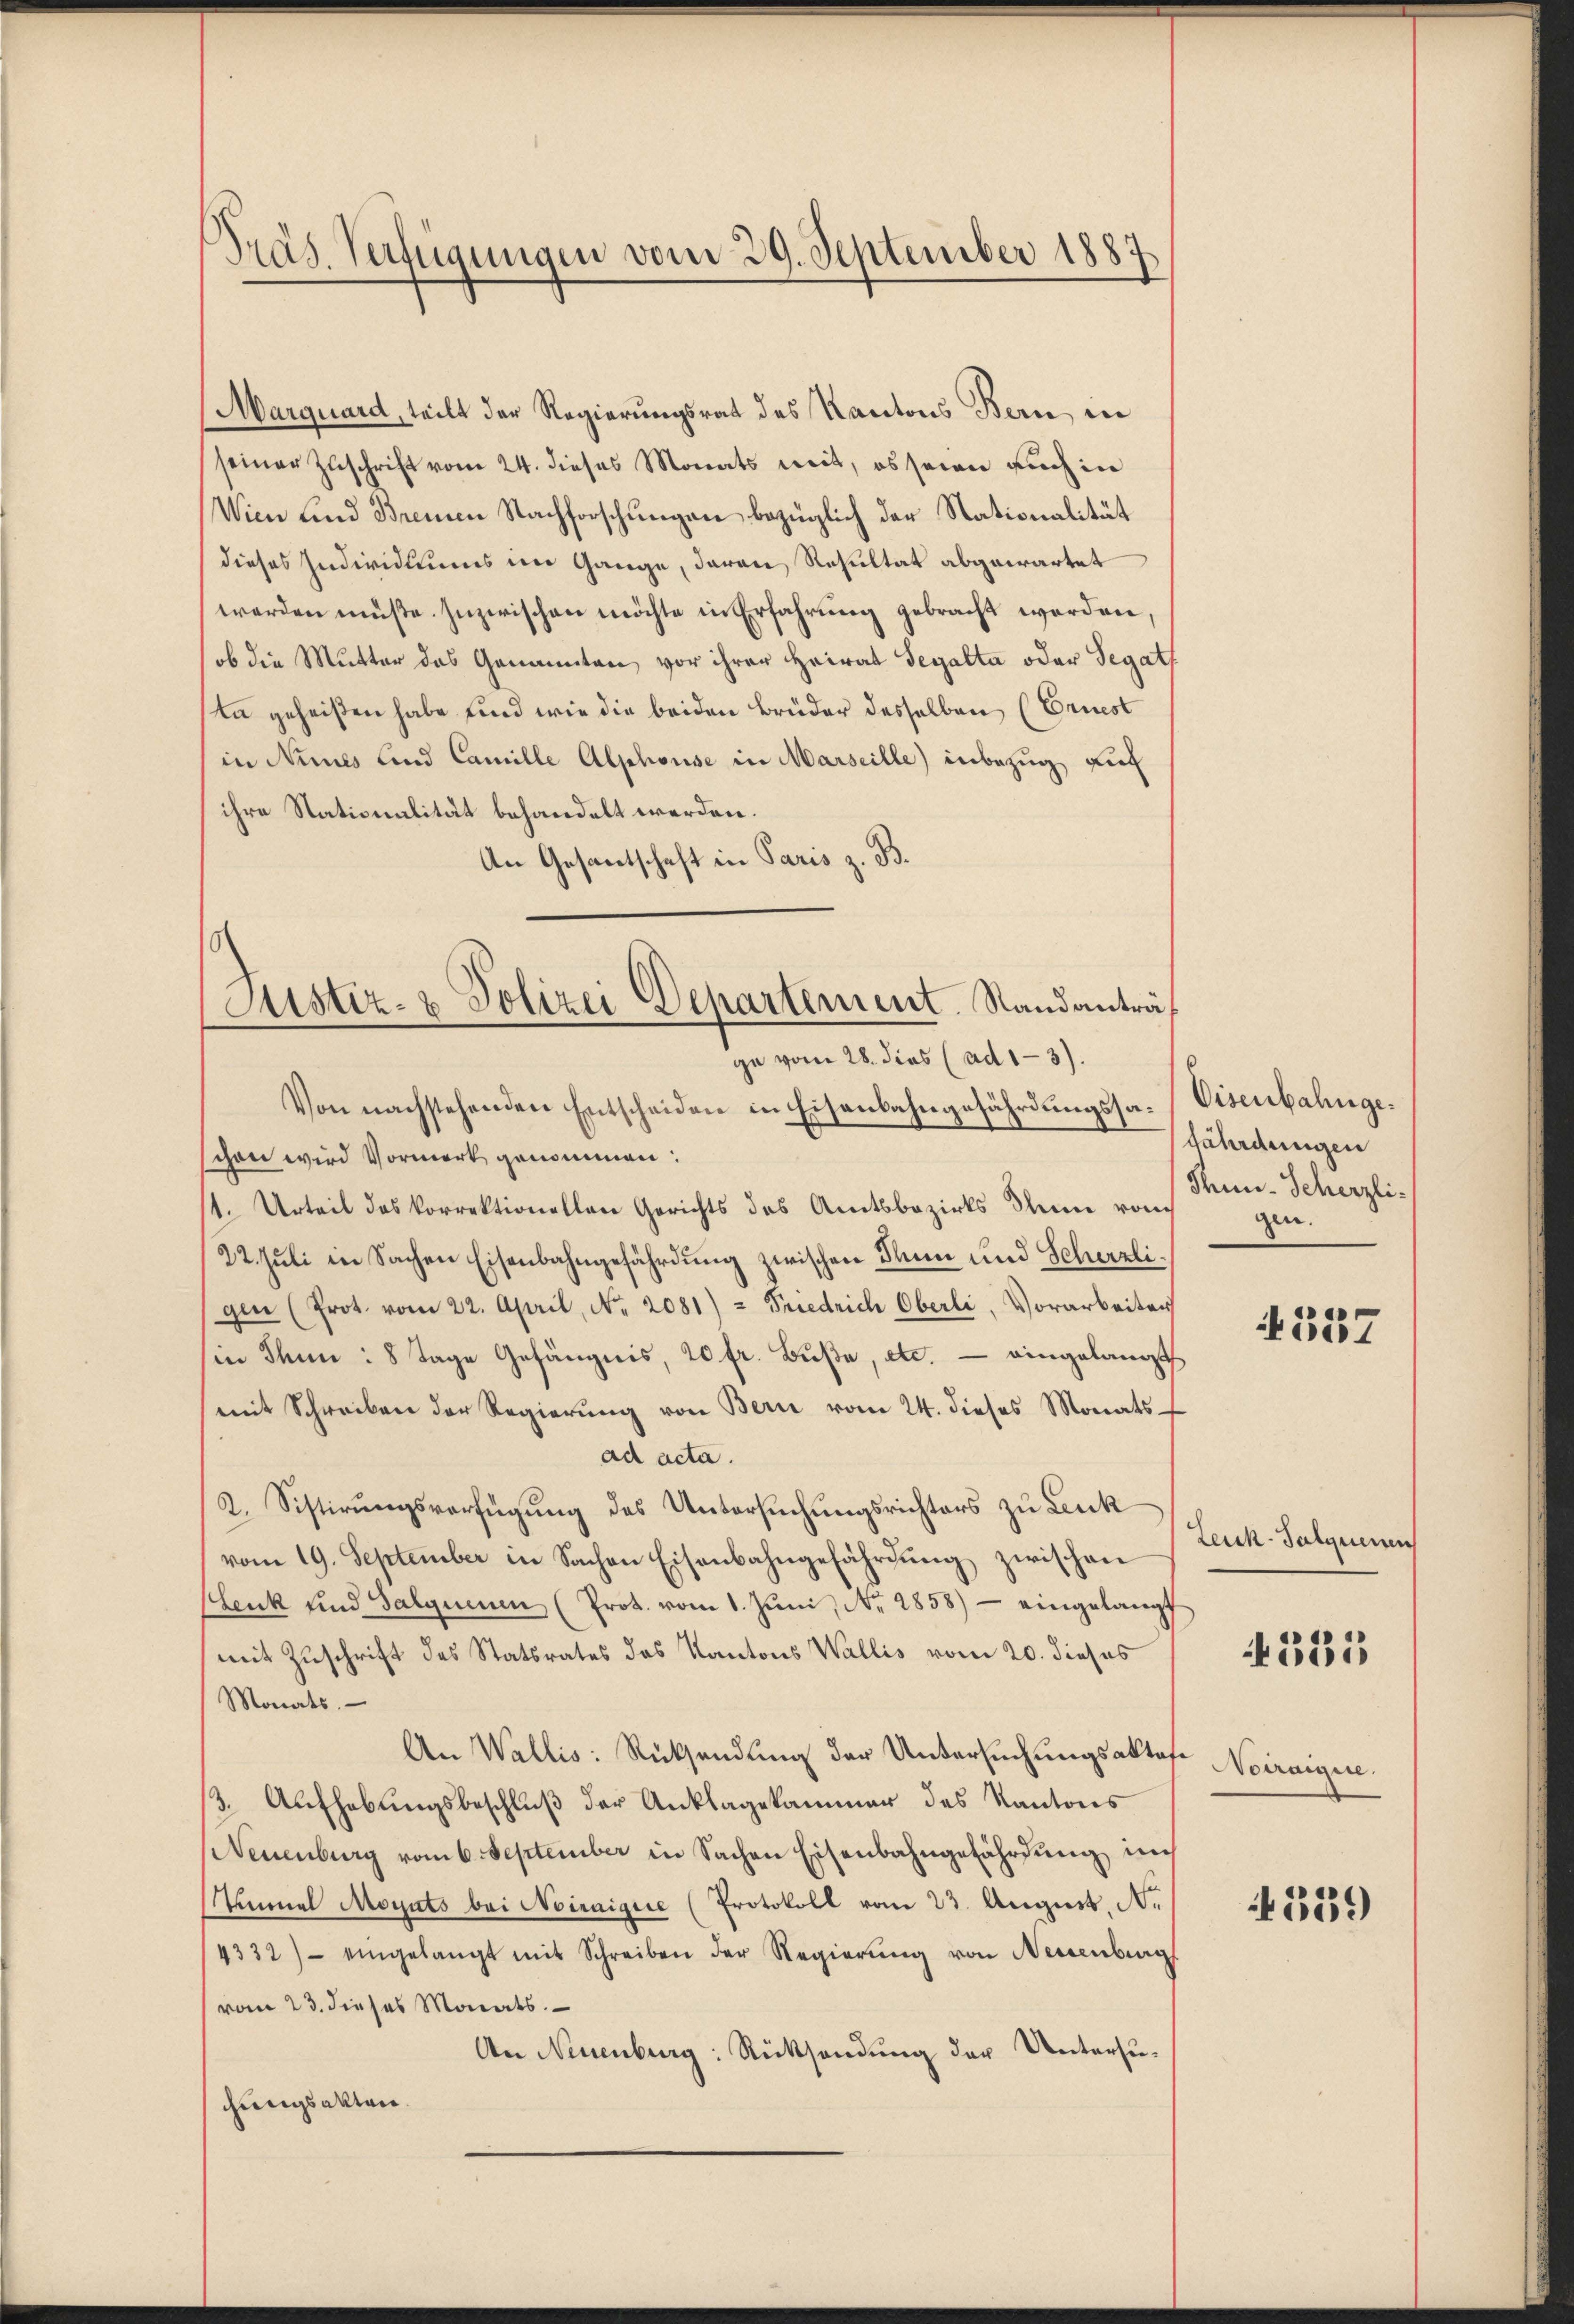
Präs. Verfügungen vom 29. September 1887

Marquard, teilt der Regierungsrat des Kantons Bern, in
seiner Zuschrift vom 24. dieses Monats mit, es seien auch in
Wien und Brennen Nachforschungen bezüglich der Nationalität
dieses Individuums im Gange, daran Resultat abgewartet
werden müßte. Inzwischen möchte in Erfahrung gebracht werden,
ob die Mutter das Genannten vor ihrer Heirat Segalta oder Segat
ta geheißen habe sind wie die beiden Brüder desselben (Ernest
in Nines und Camille Alphouse in Marseille) inbezug auf
ihre Stationalität behandelt werden.
An Gesantschaft in Paris z. B.
Von nachstehenden Entscheiden in Eisenbahngefährdungssa-Visenbahngeschon wird Vormerk genommen:
1. Urteil des korrektionellen Gerichts des Amtsbezirks dann vom
22. Juli in Sachen Eisenbahngefährdung zwischen Sinn und Scherzligen (Prot. vom 22. April, No. 2081) = Friedrich Oberli, Vorarbeiten
in Thun: 8 Tage Gefängnis, 20 fr. Buße, etc. – eingelangt
mit Schreiben der Regierŭng von Bern vom 24. dieses Monats
ad acta.
2. Sistirungsverfügung des Untersuchungsrichters zu Lenk
vom 19. September in Sachen Eisenbahngefährdung zwischen
Lenk und Salquenen (Prot. vom 1. Jŭni, Nr. 2858) - eingelangt
mit Zuschrift des Statsrates das Kantons Wallis vom 20. dieses
Monats.
An Wallis: Rücksendung der Untersuchungsaktaf¬
3. Aŭfhebŭngsbeschlŭβ der Anklagekammer des Kantons
(Neuenburg vom 6. September in Sachen Eisenbahngefährdung in
Tunnel Moguts bei Noinnigere (Protokoll vom 23. August, N.
4332) eingelangt mit Schreiben der Regierŭng von Neuenburg
(vom 23. dieses Monats.
An Neuenburg: Rücksendung der Untersuchungsakten.

Justiz- & Polizei Departement. Standanträf
ge vom 28. dies (ad 1-3).

fährdungen
Min-Scherzli
gen.

4357

Leuk-Salquemen

535

Notraigne.

339